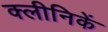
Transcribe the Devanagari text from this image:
क्लीनिकें